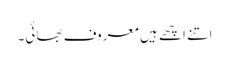
اتنے اچھے ہیں معروف بھائی۔